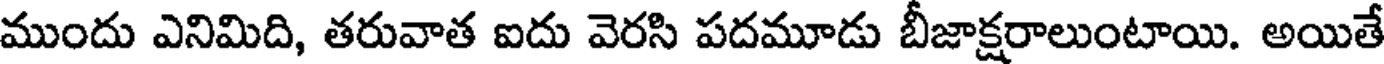
ముందు ఎనిమిది, తరువాత ఐదు వెరసి పదమూడు బీజాక్షరాలుంటాయి. అయితే